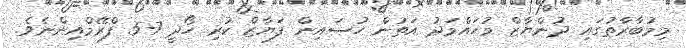
މިމުބާރާތުގައި ދުންޔާޒް މުހައްމަދު އަތުން ހުސައިން ފަޔާޒް ކުރި ހޯދީ 7-5 ފްރޭމްއިންނެވެ.